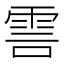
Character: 𮦊